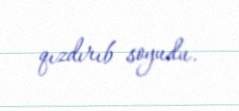
qızdırıb soyudu.